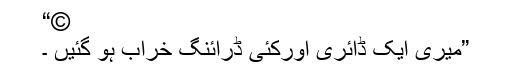
©“
”میری ایک ڈائری اورکئی ڈرائنگ خراب ہو گئیں ۔